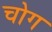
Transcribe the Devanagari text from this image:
चोग